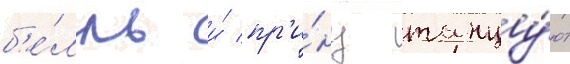
б'е́лль и́ пр'и́нц танцу́ют